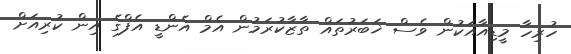
ހުރިހާ މީޑިއާއަކުން ވެސް ޚަބަރުތައް ތާޒާކުރަމުން އެމް އެންޑީ އެފްގެ އިން ކުރިއަށް